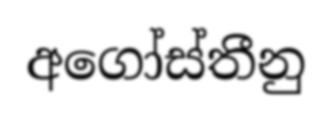
අගෝස්තීනු